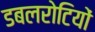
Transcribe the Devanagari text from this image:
डबलरोटियों